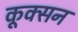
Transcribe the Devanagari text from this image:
कूक्सन